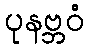
ပုနဗ္ဘဝံ